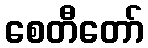
စေတီတော်